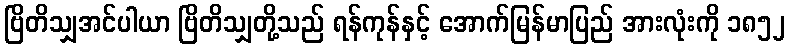
ဗြိတိသျှအင်ပါယာ ဗြိတိသျှတို့သည် ရန်ကုန်နှင့် အောက်မြန်မာပြည် အားလုံးကို ၁၈၅၂